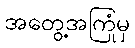
အတွေ့အကြုံမှ